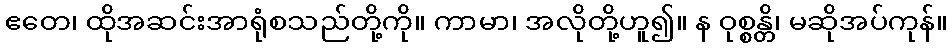
ဧတေ၊ ထိုအဆင်းအာရုံစသည်တို့ကို။ ကာမာ၊ အလိုတို့ဟူ၍။ န ဝုစ္စန္တိ၊ မဆိုအပ်ကုန်။